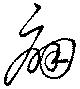
痛